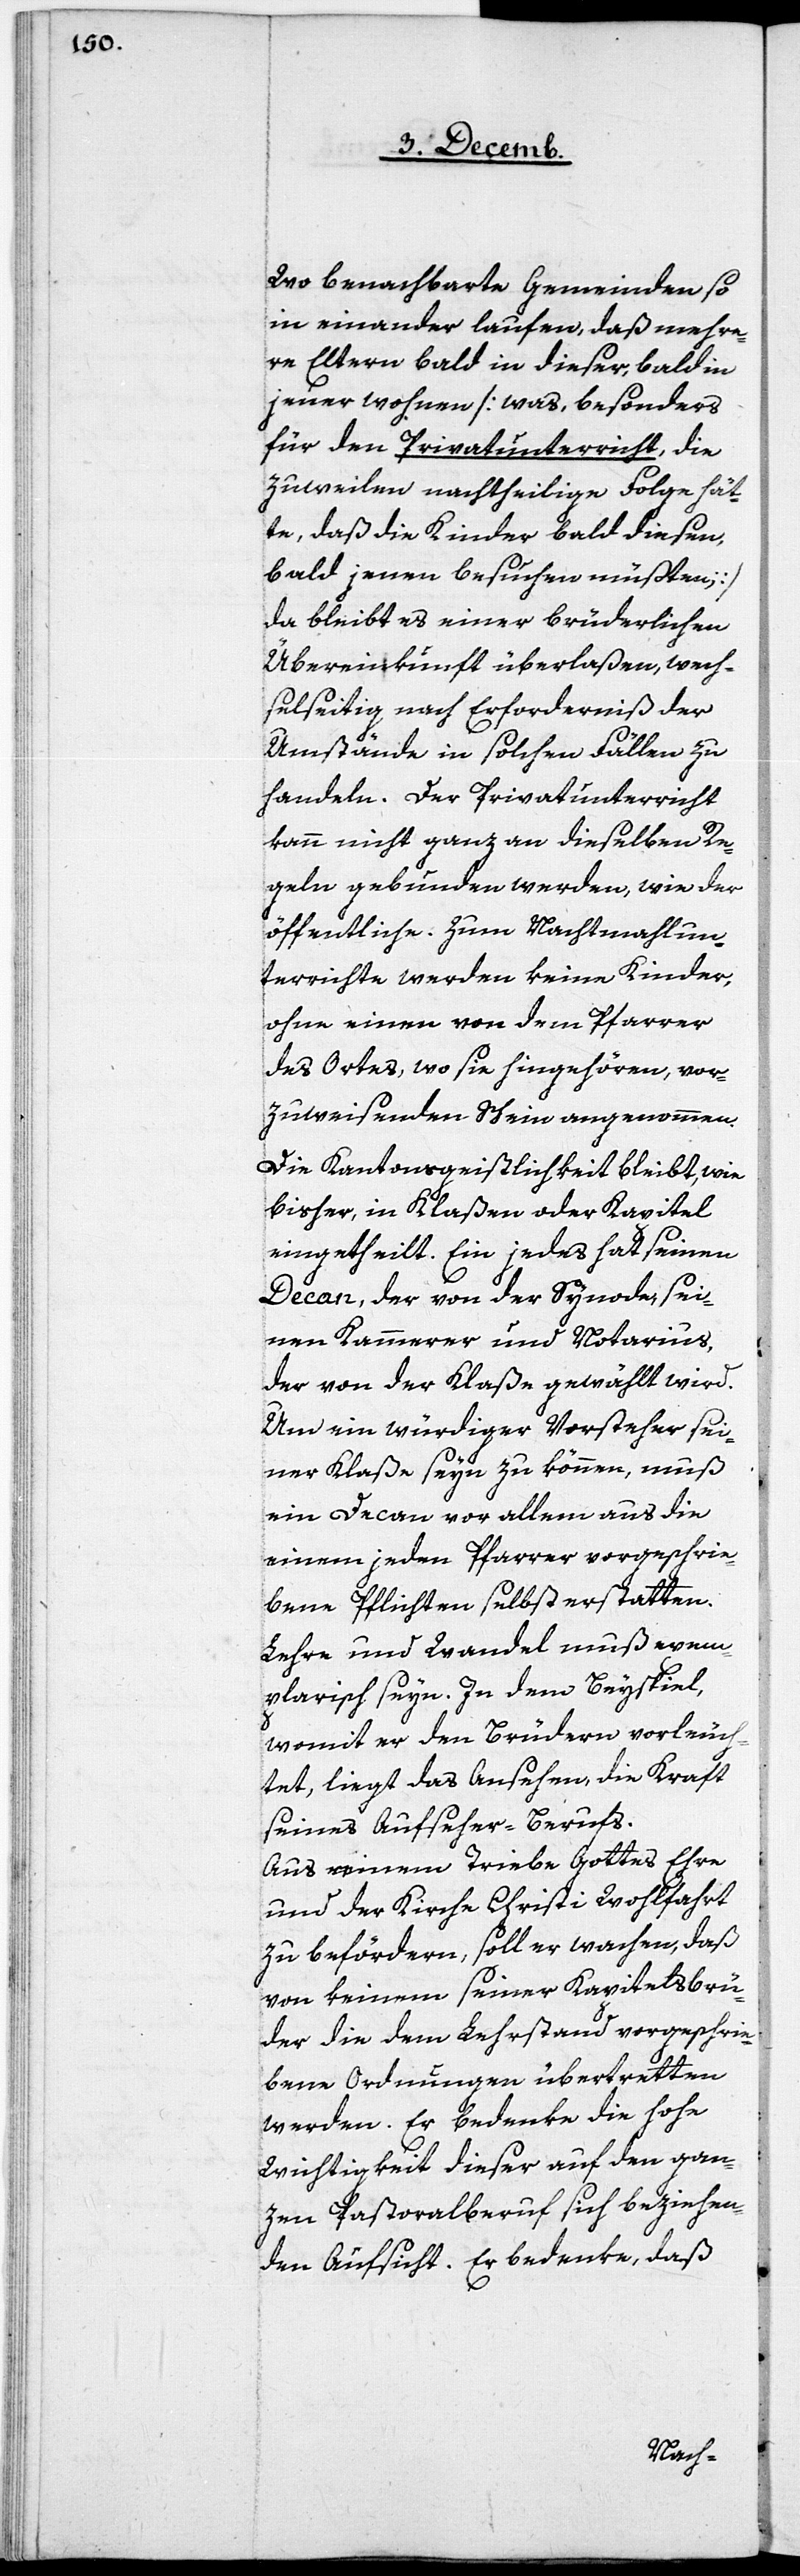
Wo benachbarte Gemeinden so
in einander laufen, daß mehre¬
re Eltern bald in dieser, bald in
jener wohnen [was, besonders
für den Privatunterricht, die
zuweilen nachtheilige Folge hät¬
te, daß die Kinder bald diesen,
bald jenen besuchen müßten;]
da bleibt es einer brüderlichen
Übereinkunft überlaßen, wech¬
selseitig nach Erforderniß der
Umstände in solchen Fällen zu
handeln. Der Privatunterricht
kann nicht ganz an dieselben Re¬
geln gebunden werden, wie der
öffentliche. Zum Nachtmahlun¬
terrichte werden keine Kinder,
ohne einen von dem Pfarrer
des Ortes, wo sie hingehören, vor¬
zuweisenden Schein angenommen.
Die Kantonsgeistlichkeit bleibt, wie
bisher, in Klaßen oder Kapitel
eingetheilt. Ein jedes hat seinen
Decan, der von der Synode, sei¬
nen Kammerer und Notarius,
der von der Klaße gewählt wird.
Um ein würdiger Vorsteher sei¬
ner Klaße seyn zu können, muß
ein Decan vor allem aus die
einem jeden Pfarrer vorgeschrie¬
bene Pflichten selbst erstatten.
Lehre und Wandel muß exem¬
plarisch seyn. In dem Beyspiel,
womit er den Brüdern vorleuch¬
tet, liegt das Ansehen, die Kraft
seines Aufseher-Berufs.
Aus reinem Triebe Gottes Ehre
und der Kirche Christi Wohlfahrt
zu befördern, soll er wachen, daß
von keinem seiner Kapitelsbrü¬
der die dem Lehrstand vorgeschrie¬
bene Ordnungen übertretten
werden. Er bedenke die hohe
Wichtigkeit dieser auf den gan¬
zen Pastoralberuf sich beziehen¬
den Aufsicht. Er bedenke, daß